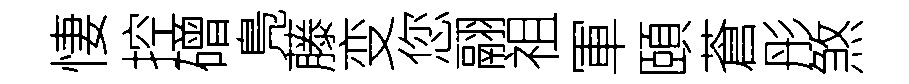
悽控磳鳬藤变您翮祖軍頤蒼彤煞